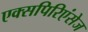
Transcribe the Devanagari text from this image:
एक्सपिरिएंसेज